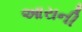
આરાની